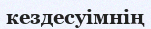
кездесуімнің